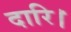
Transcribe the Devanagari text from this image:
दारि।